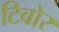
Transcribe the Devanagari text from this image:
टिबोर